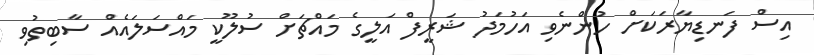
އިސް ފަނޑިޔާރަކަށް ހުންނެވި އަހުމަދު ޝަރީފް އަލީގެ މައްޗަށް ސުލޫކީ މައްސަލައެއް ސާބިތުވި